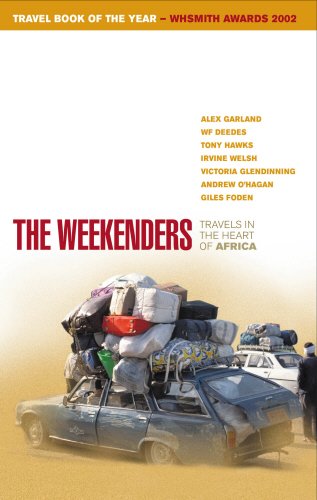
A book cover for The Weekenders: Travels in the Heart of Africa; Alex Garland; Travel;